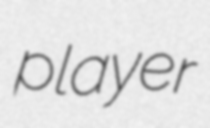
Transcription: player